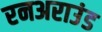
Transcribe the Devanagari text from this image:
रनअराउंड